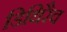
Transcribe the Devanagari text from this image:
डिथिरैव